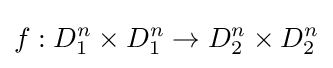
f:D_{1}^{n}\times D_{1}^{n}\rightarrow D_{2}^{n}\times D_{2}^{n}